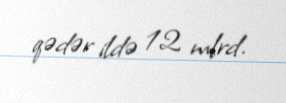
qədər ildə 12 mlrd.